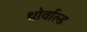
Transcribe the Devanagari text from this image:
थोर्वाल्ड